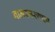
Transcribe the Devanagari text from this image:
नामस्मरणाला